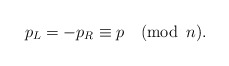
\begin{align*}p_L=-p_R\equiv p \quad (\mbox{mod}\,\,\, n).\end{align*}